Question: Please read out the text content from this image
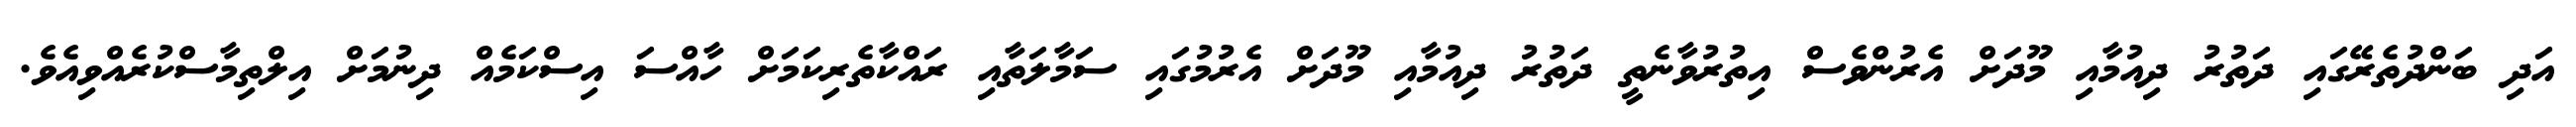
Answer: އަދި ބަންދުތެރޭގައި ދަތުރު ދިއުމާއި މޫދަށް އެރުންވެސް އިތުރުވާނެތީ ދަތުރު ދިއުމާއި މޫދަށް އެރުމުގައި ސަމާލަތާއި ރައްކާތެރިކަމަށް ހާއްސަ އިސްކަމެއް ދިނުމަށް އިލްތިމާސްކުރެއްވިއެވެ.